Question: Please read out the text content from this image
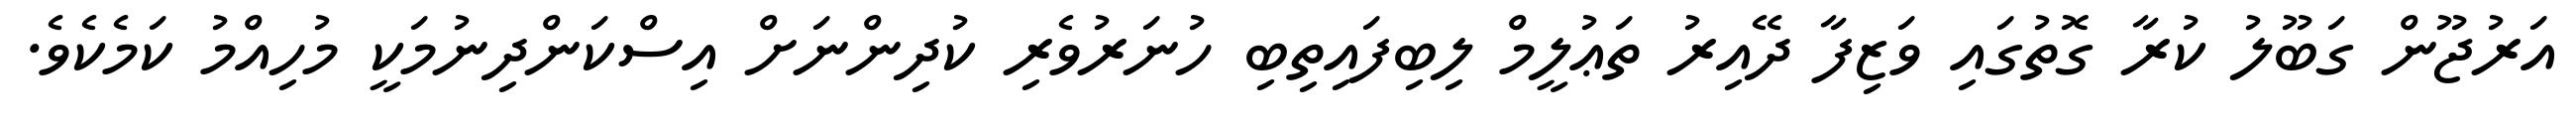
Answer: އަރުޖޫން ގަބޫލު ކުރާ ގޮތުގައި ވަޒިފާ ދޭއިރު ތަޢުލީމް ލިބިފައިތިބި ހުނަރުވެރި ކުދިންނަށް އިސްކަންދިނުމަކީ މުހިއްމު ކަމެކެވެ.